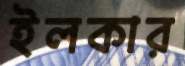
ইলকার